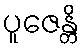
ပူဇေန္တိ